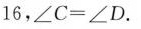
1 6$$，$$∠ C =∠ D$$.